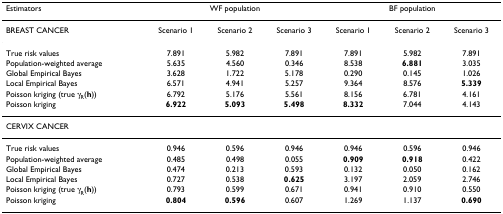
<table><thead><tr><td><b>Estimators</b></td><td colspan="3"><b>WF population</b></td><td colspan="3"><b>BF population</b></td></tr></thead><tbody><tr><td>BREAST CANCER</td><td>Scenario 1</td><td>Scenario 2</td><td>Scenario 3</td><td>Scenario 1</td><td>Scenario 2</td><td>Scenario 3</td></tr><tr><td>True risk values</td><td>7.891</td><td>5.982</td><td>7.891</td><td>7.891</td><td>5.982</td><td>7.891</td></tr><tr><td>Population-weighted average</td><td>5.635</td><td>4.560</td><td>0.346</td><td>8.538</td><td><b>6.881</b></td><td>3.035</td></tr><tr><td>Global Empirical Bayes</td><td>3.628</td><td>1.722</td><td>5.178</td><td>0.290</td><td>0.145</td><td>1.026</td></tr><tr><td>Local Empirical Bayes</td><td>6.571</td><td>4.941</td><td>5.257</td><td>9.364</td><td>8.576</td><td><b>5.339</b></td></tr><tr><td>Poisson kriging (true γ<sub>R</sub>(<b>h</b>))</td><td>6.792</td><td>5.176</td><td>5.561</td><td>8.156</td><td>6.781</td><td>4.161</td></tr><tr><td>Poisson kriging</td><td><b>6.922</b></td><td><b>5.093</b></td><td><b>5.498</b></td><td><b>8.332</b></td><td>7.044</td><td>4.143</td></tr><tr><td>CERVIX CANCER</td><td></td><td></td><td></td><td></td><td></td><td></td></tr><tr><td>True risk values</td><td>0.946</td><td>0.596</td><td>0.946</td><td>0.946</td><td>0.596</td><td>0.946</td></tr><tr><td>Population-weighted average</td><td>0.485</td><td>0.498</td><td>0.055</td><td><b>0.909</b></td><td><b>0.918</b></td><td>0.422</td></tr><tr><td>Global Empirical Bayes</td><td>0.474</td><td>0.213</td><td>0.593</td><td>0.132</td><td>0.050</td><td>0.162</td></tr><tr><td>Local Empirical Bayes</td><td>0.727</td><td>0.538</td><td><b>0.625</b></td><td>3.197</td><td>2.059</td><td>2.746</td></tr><tr><td>Poisson kriging (true γ<sub>R</sub>(<b>h</b>))</td><td>0.793</td><td>0.599</td><td>0.671</td><td>0.941</td><td>0.910</td><td>0.550</td></tr><tr><td>Poisson kriging</td><td><b>0.804</b></td><td><b>0.596</b></td><td>0.607</td><td>1.269</td><td>1.137</td><td><b>0.690</b></td></tr></tbody></table>